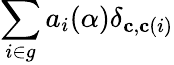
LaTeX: \sum_{i\in g}a_{i}(\alpha)\delta_{\mathbf{c},\mathbf{c}(i)}